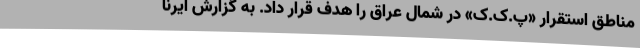
مناطق استقرار «پ.ک.ک» در شمال عراق را هدف قرار داد. به گزارش ایرنا